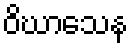
ဝိဃာသေန